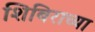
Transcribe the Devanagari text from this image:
शिबिराच्या